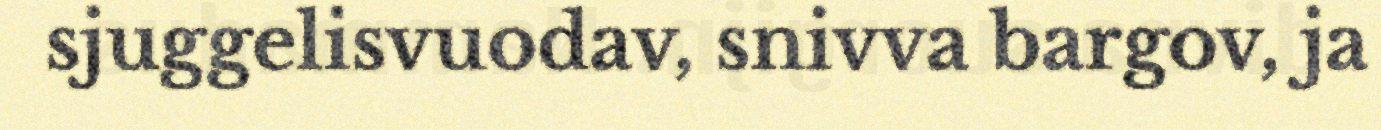
sjuggelisvuodav, snivva bargov, ja